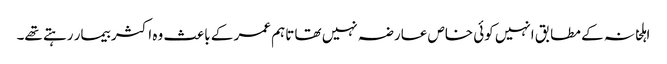
اہلخانہ کے مطابق انہیں کوئی خاص عارضہ نہیں تھا تاہم عمر کے باعث وہ اکثر بیمار رہتے تھے۔